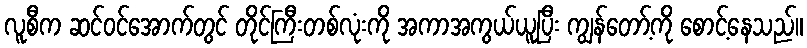
လူစီက ဆင်ဝင်အောက်တွင် တိုင်ကြီးတစ်လုံးကို အကာအကွယ်ယူပြီး ကျွန်တော့်ကို စောင့်နေသည်။